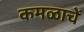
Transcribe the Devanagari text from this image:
कमळाचें